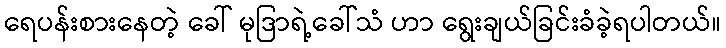
ရေပန်းစားနေတဲ့ ခေါ် မုဒြာရဲ့ခေါ်သံ ဟာ ရွေးချယ်ခြင်းခံခဲ့ရပါတယ်။